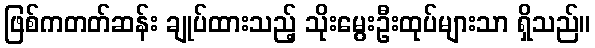
ဖြစ်ကတတ်ဆန်း ချုပ်ထားသည့် သိုးမွေးဦးထုပ်များသာ ရှိသည်။